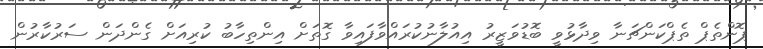
ޕޮންތެޕް ތެޕްކަންޗަނާ ވިދާޅުވީ ބޮޑުވަޒީރު އިއުލާނުކުރައްވާފައިވާ ގޮތަށް އިންތިހާބު ކުރިއަށް ގެންދަން ސަރުކާރުން